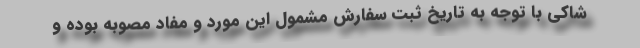
شاکی با توجه به تاریخ ثبت سفارش مشمول این مورد و مفاد مصوبه بوده و